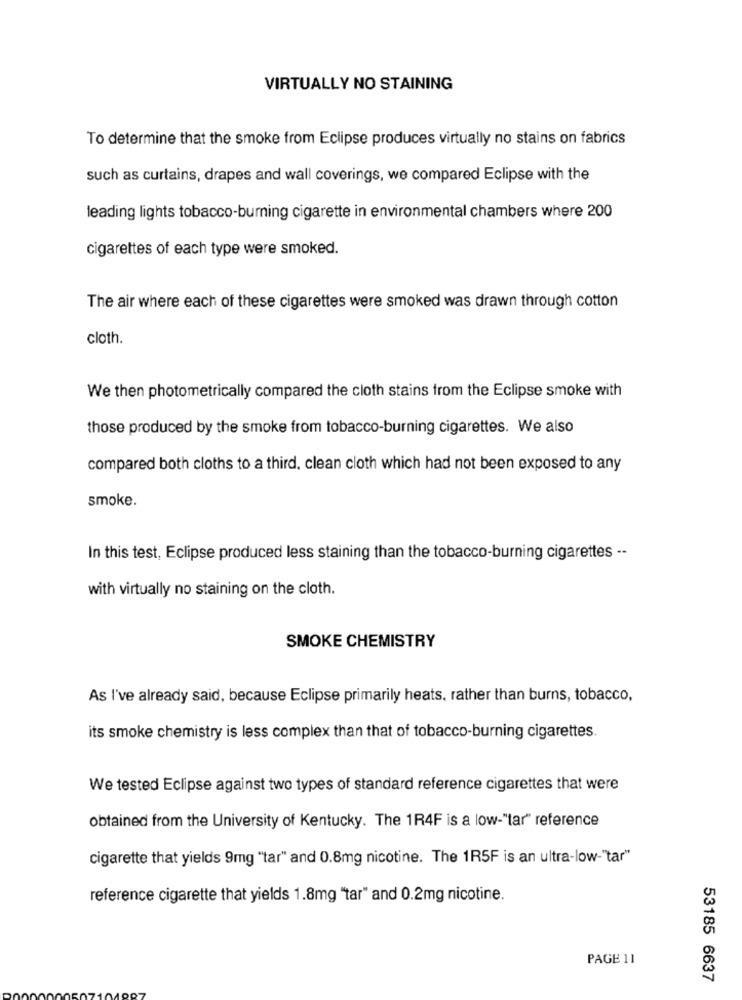
VIRTUALLY NO STAINING
To determine that the smoke from Eclipse produces virtually no stains on fabrics
such as curtains, drapes and wall coverings, we compared Eclipse with the
leading lights tobacco-burning cigarette in environmental chambers where 200
cigarettes of each type were smoked.
The air where each of these cigarettes were smoked was drawn through cotton
cloth.
We then photometrically compared the cloth stains from the Eclipse smoke with
those produced by the smoke from tobacco-burning cigarettes. We also
compared both cloths to a third, clean cloth which had not been exposed to any
smoke.
In this test, Eclipse produced less staining than the tobacco-burning cigarettes --
with virtually no staining on the cloth.
SMOKE CHEMISTRY
As I've already said, because Eclipse primarily heats, rather than burns, tobacco,
its smoke chemistry is less complex than that of tobacco-burning cigarettes.
We tested Eclipse against two types of standard reference cigarettes that were
obtained from the University of Kentucky. The 1R4F is a low-"tar" reference
cigarette that yields 9mg "tar" and 0.8mg nicotine. The 1R5F is an ultra-low-"tar"
reference cigarette that yields 1.8mg "tar" and 0.2mg nicotine.
PAGE 11
53185 6637